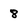
Character: 8